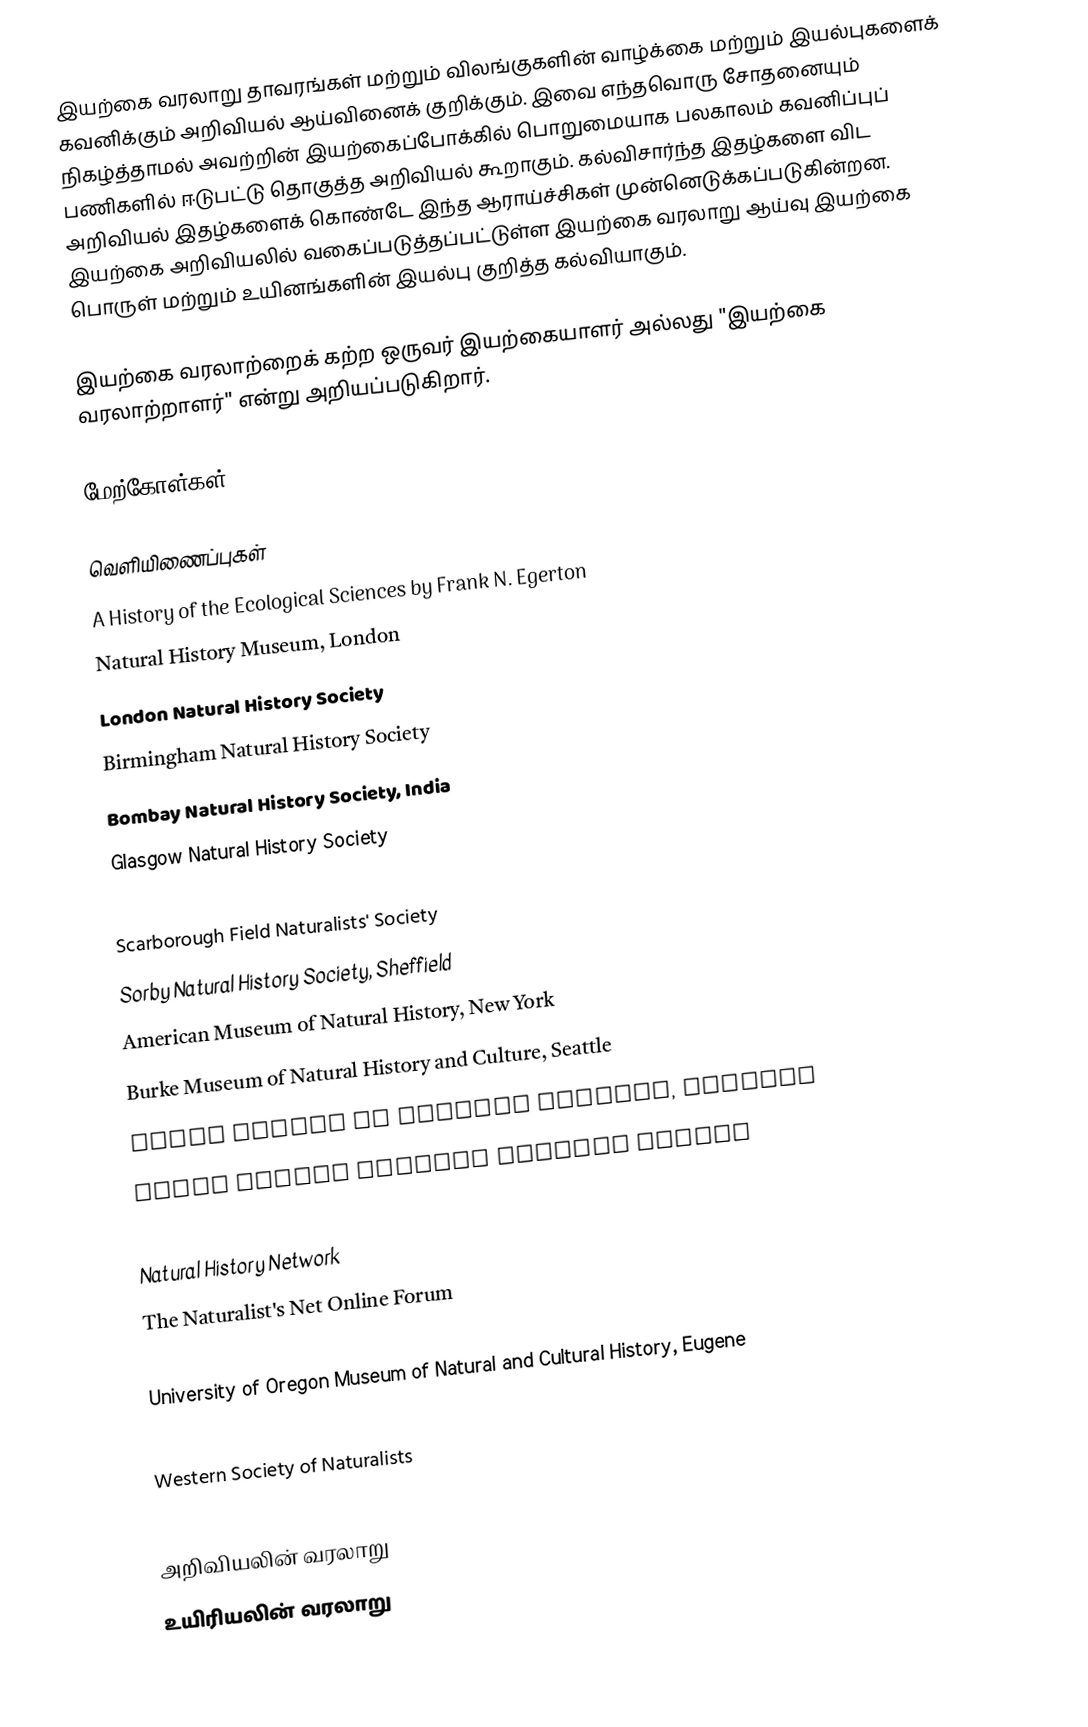
இயற்கை வரலாறு தாவரங்கள் மற்றும் விலங்குகளின் வாழ்க்கை மற்றும் இயல்புகளைக் கவனிக்கும் அறிவியல் ஆய்வினைக் குறிக்கும். இவை  எந்தவொரு சோதனையும் நிகழ்த்தாமல்  அவற்றின் இயற்கைப்போக்கில் பொறுமையாக பலகாலம் கவனிப்புப் பணிகளில் ஈடுபட்டு தொகுத்த அறிவியல் கூறாகும். கல்விசார்ந்த இதழ்களை விட அறிவியல் இதழ்களைக் கொண்டே இந்த ஆராய்ச்சிகள் முன்னெடுக்கப்படுகின்றன. இயற்கை அறிவியலில் வகைப்படுத்தப்பட்டுள்ள இயற்கை வரலாறு ஆய்வு இயற்கை பொருள் மற்றும் உயினங்களின் இயல்பு குறித்த கல்வியாகும்.

இயற்கை வரலாற்றைக் கற்ற ஒருவர் இயற்கையாளர் அல்லது "இயற்கை வரலாற்றாளர்" என்று அறியப்படுகிறார்.

மேற்கோள்கள்

வெளியிணைப்புகள்
  A History of the Ecological Sciences by  Frank N. Egerton
 Natural History Museum, London
 London Natural History Society
  Birmingham Natural History Society
 Bombay Natural History Society, India
  Glasgow Natural History Society
  Manchester Microscopical & Natural  History Society
 Scarborough Field Naturalists' Society
 Sorby Natural History Society, Sheffield
 American Museum of Natural History, New York
  Burke Museum of Natural History and Culture,  Seattle
  Field Museum of Natural History, Chicago
  Rhode Island Natural History Survey
  Natural History New Zealand Ltd
  Natural History Network
   The Naturalist's Net Online Forum
  Slater Museum of Natural History, Tacoma
  University of Oregon Museum of Natural and  Cultural History, Eugene
  Vancouver Natural History Society, Vancouver  Canada
  Western Society of Naturalists

அறிவியலின் வரலாறு
உயிரியலின் வரலாறு